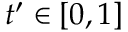
t ^ { \prime } \in [ 0 , 1 ]